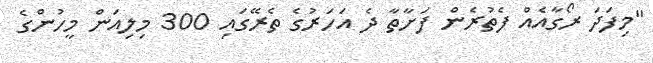
"މިފަދަ ރޯގާއެއް ފެތުރެން ފަށާތާ ދެ އަހަރުގެ ތެރޭގައި 300 މިލިއަން މީހުންގެ